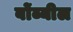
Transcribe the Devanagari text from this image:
बोंब्यील